NAE_eestikeelseid_kaarte, lk 53
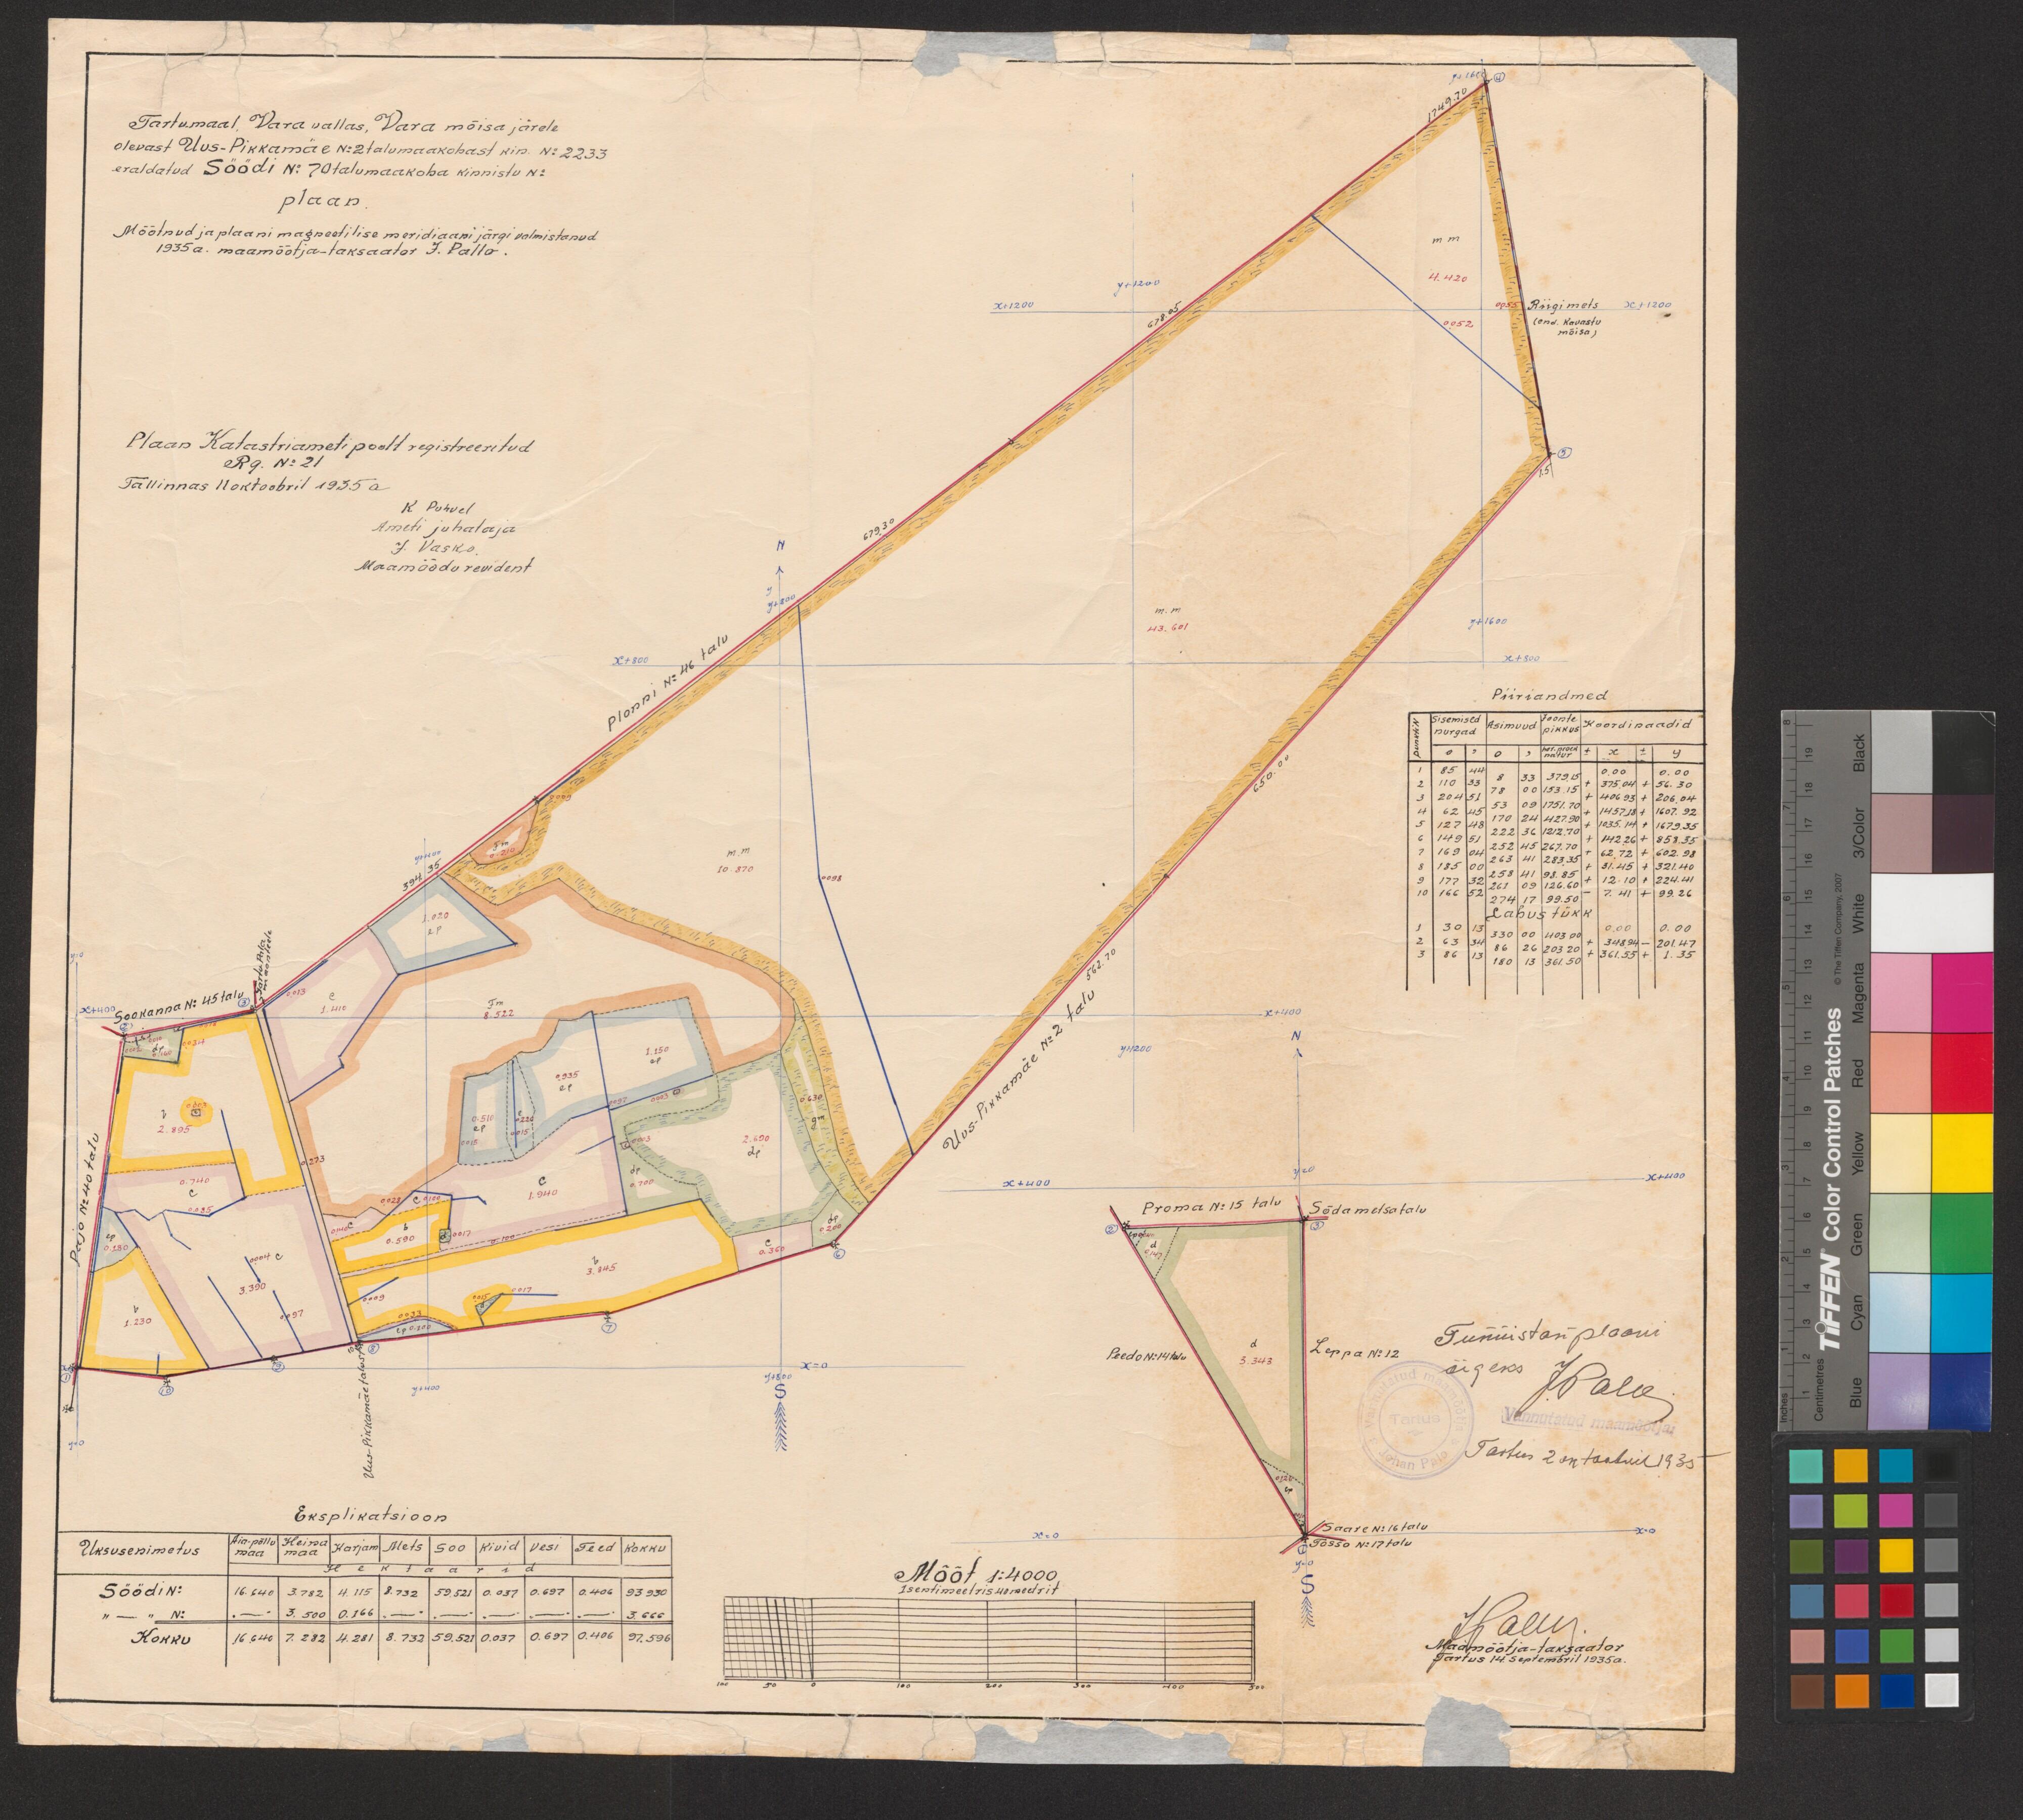
Tartumaal, Vara vallas, Vara mõisa järele
olevast Uus-Pikkamäe N:2 talumaakohast kin. N:2233
eraldatud Söödi N: 70 talumaakoha kinnistu N:.
plaan
Mõõtnud ja plaani magdeetilise meridiaani järgi valmistanud
1935 a. maamõõtja-taksaator J. Pallo
Plaan Katastriameti poolt registreeritud
Rg. N: 21
Tallinnas 11 oktoobril 1935 a.
K Puhvel
Ameti juhataja
J. Vasko.
Maamõõdu revident
Eksplikatsioon
Karjam
Soo
Kivid
Teed
Mets
Vesi
Kokku
Üksusenimetus
Hektaarid
Söödi N:
Kokku

Mõõt 1:4000
1 sentimeetris 40 meetrit